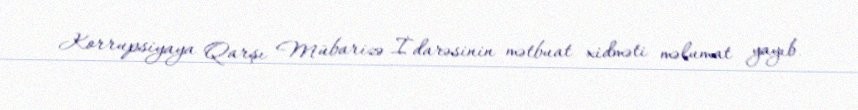
Korrupsiyaya Qarşı Mübarizə İdarəsinin mətbuat xidməti məlumat yayıb.